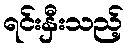
ရင်းနှီးသည့်